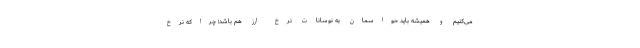
می‌کنیم و همیشه باید حواسمان به نوسانات نرخ ارز هم باشد؛ چراکه نرخ